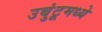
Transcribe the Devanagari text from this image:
उबुंटूमध्ये